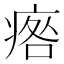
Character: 𤷑